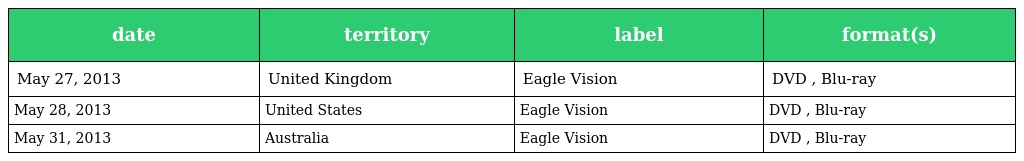
| date | territory | label | format(s) |
 | --- | --- | --- | --- |
 | May 27, 2013 | United Kingdom | Eagle Vision | DVD , Blu-ray |
 | May 28, 2013 | United States | Eagle Vision | DVD , Blu-ray |
 | May 31, 2013 | Australia | Eagle Vision | DVD , Blu-ray |